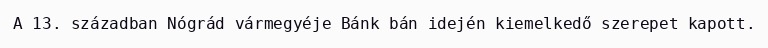
A 13. században Nógrád vármegyéje Bánk bán idején kiemelkedő szerepet kapott.